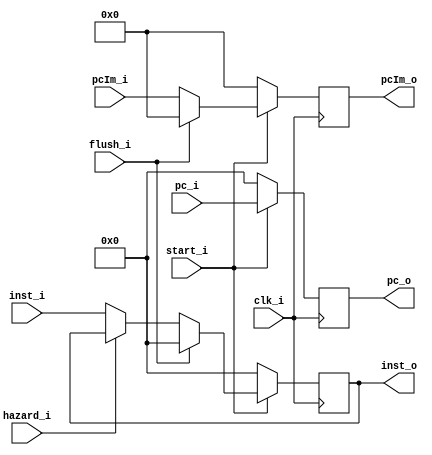
`timescale 1ns / 1ps
//////////////////////////////////////////////////////////////////////////////////
// Company: 
// Engineer: 
// 
// Design Name: 
// Module Name: IF_ID
// Project Name: 
// Target Devices: 
// Tool Versions: 
// Description: 
// 
// Dependencies: 
// 
// Revision:
// Revision 0.01 - File Created
// Additional Comments:
// 
//////////////////////////////////////////////////////////////////////////////////


module IF_ID(
	clk_i,
	start_i,
	pc_i,
	inst_i,
	hazard_i,
	flush_i,
	pcIm_i,
	pcIm_o,
	pc_o,
	inst_o,
);

input	clk_i, hazard_i, flush_i, start_i;
input	[31:0]	inst_i, pc_i;
input 	[11:0]	pcIm_i;
output 	[11:0]	pcIm_o;
output	[31:0]	pc_o, inst_o;

reg [31:0]	pc_o, inst_o;
reg [11:0] 	pcIm_o;

always@(posedge clk_i) begin
	if(~start_i) begin
		pc_o <= 32'b0;
		inst_o <= 32'b0;
		pcIm_o <= 12'b0;
	end
	else if(flush_i) begin
		pc_o <= pc_i;
		inst_o <= 32'b0;
		pcIm_o <= 12'b0;
	end
	else if(hazard_i) begin
		pc_o <= pc_i;
		inst_o <= inst_o;
		pcIm_o <= pcIm_i;
	end
	else begin
		pc_o <= pc_i;
		inst_o <= inst_i;
		pcIm_o <= pcIm_i;
	end
end

endmodule